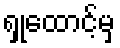
ရှုထောင့်မှ